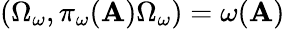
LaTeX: \left(\Omega_{\omega},\pi_{\omega}(\mathbf{A})\Omega_{\omega}\right)=\omega(\mathbf{A})